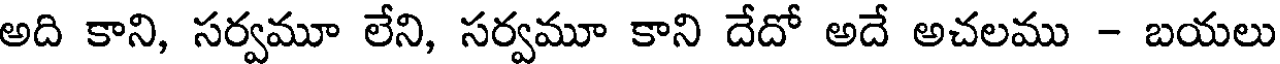
అది కాని, సర్వమూ లేని, సర్వమూ కాని దేదో అదే అచలము - బయలు